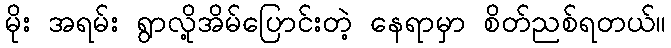
မိုး အရမ်း ရွာလို့အိမ်ပြောင်းတဲ့ နေရာမှာ စိတ်ညစ်ရတယ်။